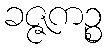
ခဇ္ဇကဉ္စ